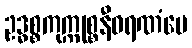
ဥဒ္ဓစ္စကုက္ကုစ္စနီဝရဏံပေ